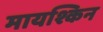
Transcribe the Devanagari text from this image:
मायश्किन